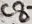
Text: C8